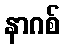
နာဂစ်